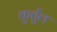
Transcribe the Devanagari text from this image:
कुर्तुल